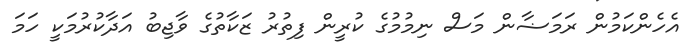
އެހެންކަމުން ރަމަޟާން މަސް ނިމުމުގެ ކުރީން ފިތުރު ޒަކާތުގެ ވާޖިބު އަދާކުރުމަކީ ހަމަ